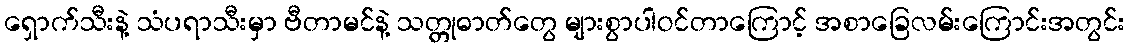
ရှောက်သီးနဲ့ သံပရာသီးမှာ ဗီတာမင်နဲ့ သတ္တုဓာတ်တွေ များစွာပါဝင်တာကြောင့် အစာခြေလမ်းကြောင်းအတွင်း